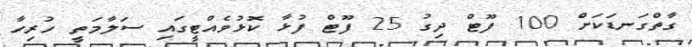
ގާތްގަނޑަކަށް 100 ފޫޓް ދިގު 25 ފޫޓް ފުޅާ ކޮޅުވެއްޓީގައި ސަލާމަތީ ހުރިހާ